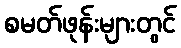
စမတ်ဖုန်းများတွင်